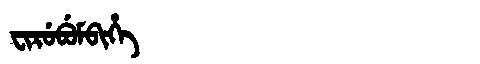
Manchu: ᠸᡳᡵᡠᠪᡠᠮᠪᡳᡥᡝ
Romanization: FIRUBUMBIHE